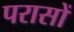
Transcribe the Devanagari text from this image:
परासों